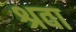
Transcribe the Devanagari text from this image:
श्रवा